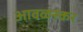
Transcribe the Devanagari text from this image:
आवळस्कर